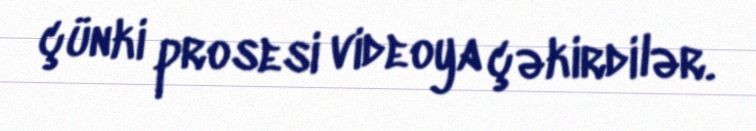
çünki prosesi videoya çəkirdilər.